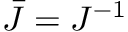
{ \bar { J } } = J ^ { - 1 }